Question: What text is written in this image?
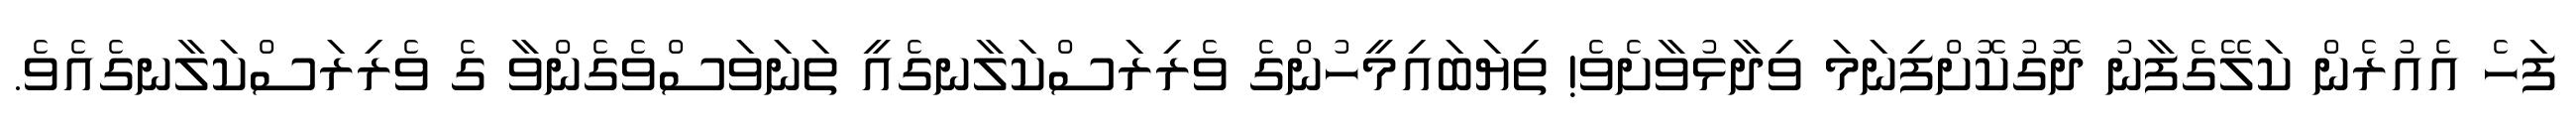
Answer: ފަހެ އެއުރެން ކަލޭގެފާނު ދޮގުކޮށްފިނަމަ ވިދާޅުވާށެވެ! ތިޔަބައިމީހުންގެ ވެރިރަސްކަލާނގެއީ ތަނަވަސްވެގެންވާ ގެ ވެރިރަސްކަލާނގެއެވެ.